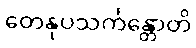
တေနုပသင်္ကန္တောတိ